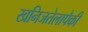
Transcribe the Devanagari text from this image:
खनिजतेलापैकी